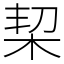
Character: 栔